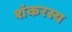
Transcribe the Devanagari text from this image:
शंकरस्य